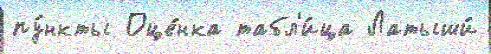
пу́нкты Оце́нка табл'и́ца Латыши́